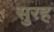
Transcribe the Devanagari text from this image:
सुरह